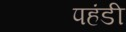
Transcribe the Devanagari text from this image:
पहंडी